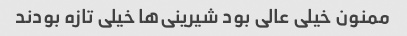
ممنون خیلی عالی بود شیرینی‌ها خیلی تازه بودند